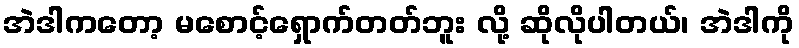
အဲဒါကတော့ မစောင့်ရှောက်တတ်ဘူး လို့ ဆိုလိုပါတယ်၊ အဲဒါကို